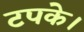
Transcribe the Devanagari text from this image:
टपके।